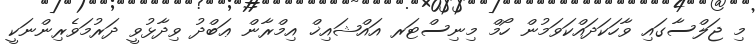
މި ޖަލްސާގައި ވާހަކަދައްކަވަމުން ހޯމް މިނިސްޓަރ އައްޝައިޚް އިމްރާން ޢަބްދު ވިދާޅުވީ ދަރުމަވެރިންނަކީ